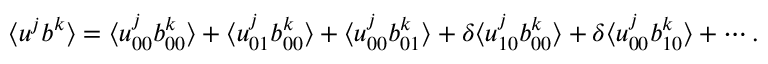
\langle { u ^ { j } b ^ { k } } \rangle = \langle { u _ { 0 0 } ^ { j } b _ { 0 0 } ^ { k } } \rangle + \langle { u _ { 0 1 } ^ { j } b _ { 0 0 } ^ { k } } \rangle + \langle { u _ { 0 0 } ^ { j } b _ { 0 1 } ^ { k } } \rangle + \delta \langle { u _ { 1 0 } ^ { j } b _ { 0 0 } ^ { k } } \rangle + \delta \langle { u _ { 0 0 } ^ { j } b _ { 1 0 } ^ { k } } \rangle + \cdots .